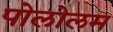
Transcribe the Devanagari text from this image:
पोलोलम